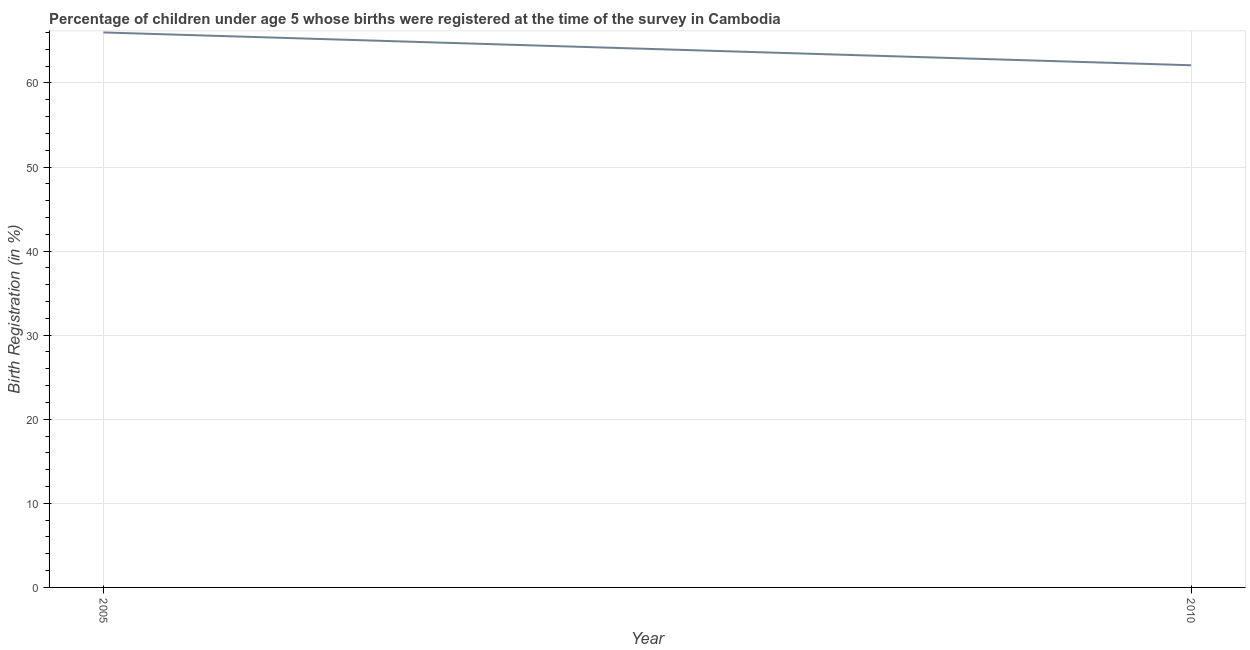
| Year | Birth registration |
 | --- | --- |
 | 2005 | 66 |
 | 2010 | 62.1 |